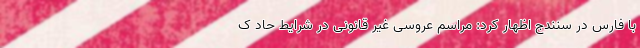
با فارس در سنندج اظهار کرد: مراسم عروسی غیر قانونی در شرایط حاد ک